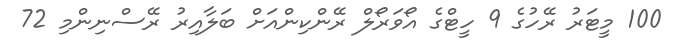
100 މީޓަރު ރޭހުގެ 9 ހީޓްގެ އޯވަރޯލް ރޭންކިންއަށް ބަލާއިރު ރޭސްނިންމި 72